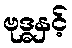
ဗုဒ္ဓနှင့်